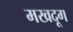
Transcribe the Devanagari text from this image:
मखदूग